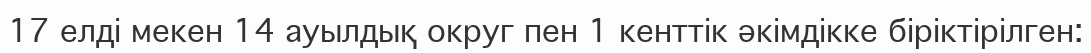
17 елді мекен 14 ауылдық округ пен 1 кенттік әкімдікке біріктірілген: